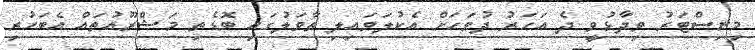
މިނިސްޓަރު ވިދާޅުވީ ދެ އަހަރު ދުވަހަށް އެކުލަވައިލި ތާވަލުގައި ބޮޑެތި މަޝްރޫއުތައް އެބަހުރި